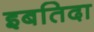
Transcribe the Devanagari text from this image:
इबतिदा